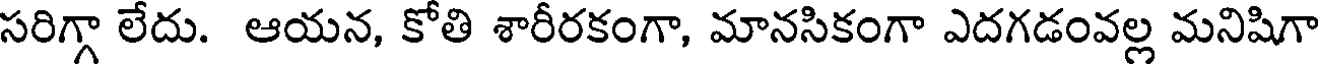
సరిగ్గా లేదు. ఆయన, కోతి శారీరకంగా, మానసికంగా ఎదగడంవల్ల మనిషిగా